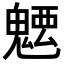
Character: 𩳭